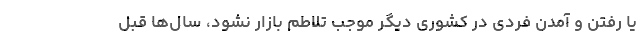
یا رفتن و آمدن فردی در کشوری دیگر موجب تلاطم بازار نشود، سال‌ها قبل